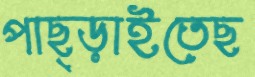
পাছ্‌ড়াইতেছ